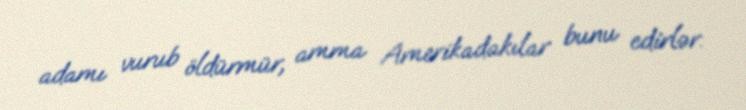
adamı vurub öldürmür, amma Amerikadakılar bunu edirlər.